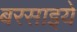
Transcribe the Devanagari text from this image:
बरसाइये